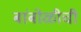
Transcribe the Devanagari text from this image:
बांबोळीची